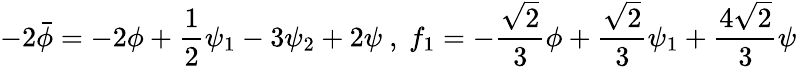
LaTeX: -2\bar{\phi}=-2\phi+\frac{1}{2}\psi_{1}-3\psi_{2}+2\psi\ ,\ f_{1}=-\frac{\sqrt{2}}{3}\phi+\frac{\sqrt{2}}{3}\psi_{1}+\frac{4\sqrt{2}}{3}\psi